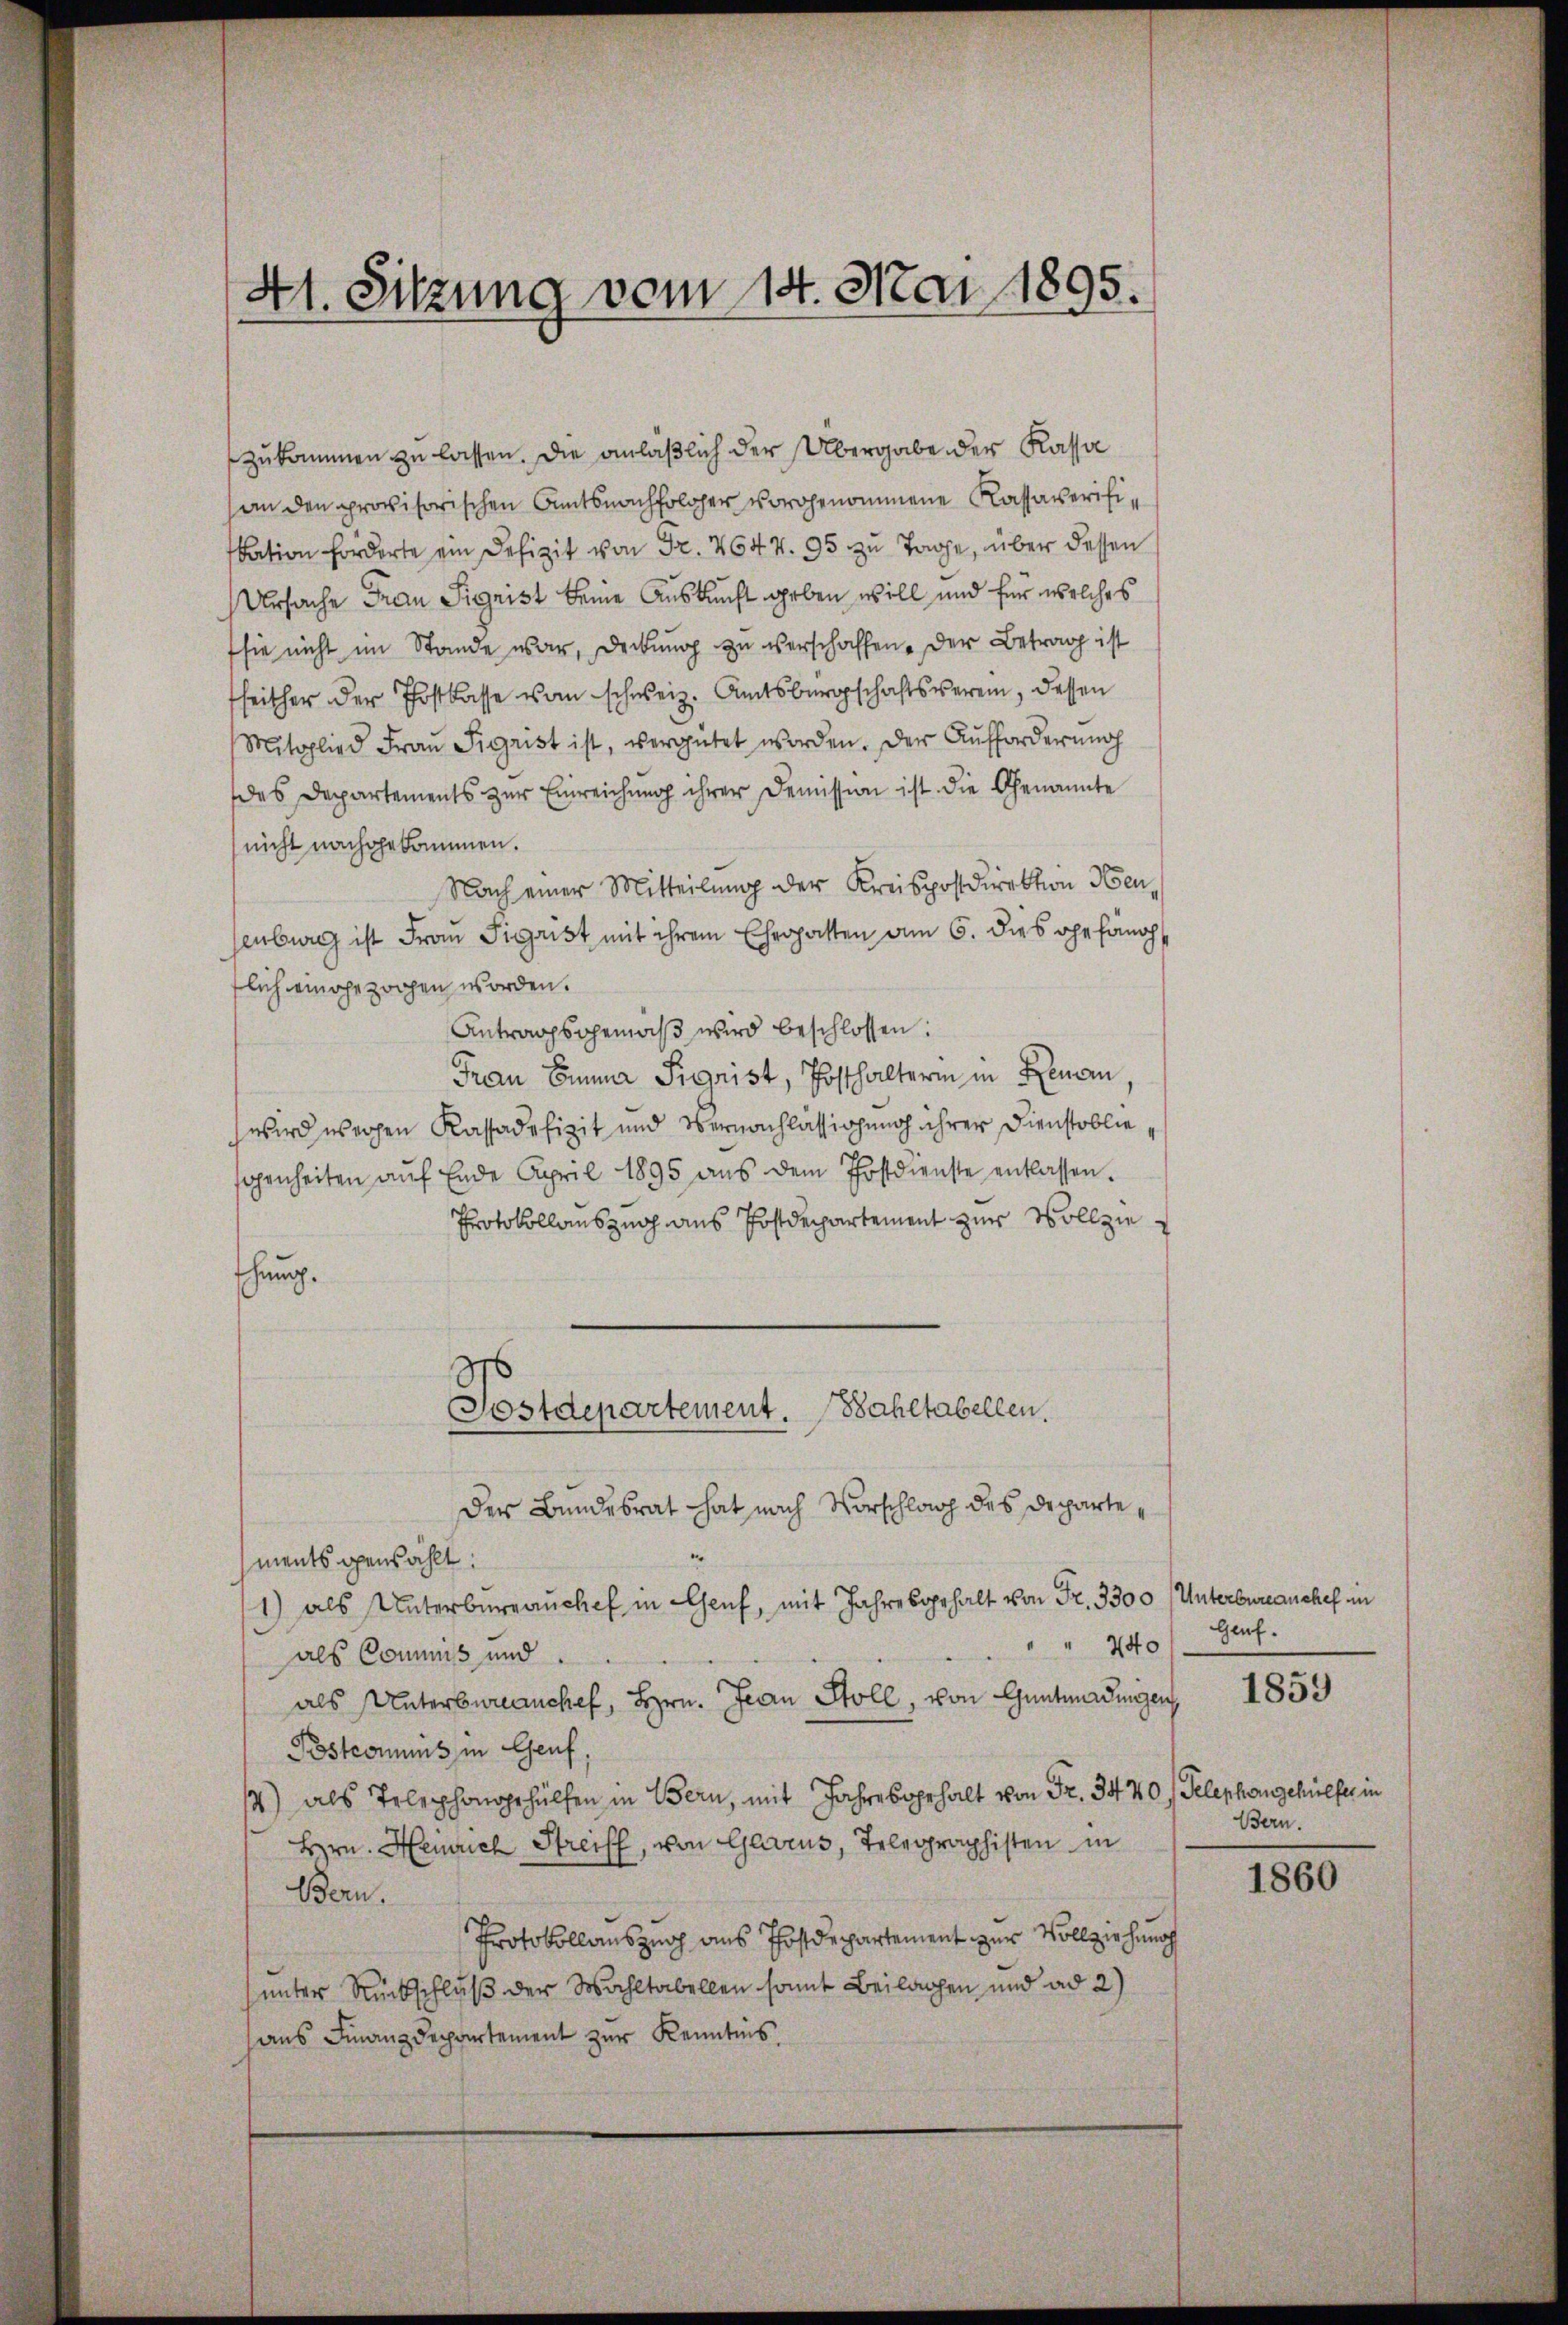
41. Sitzung vom 14. Mai 1895.

zukommen zu lassen. Die anläßlich der Übergabe der Kassa
an den provisorischen Amtsnachfolger vorgenommene Kassaverifikation forderte ein Defizit von Fr. 464 v. 95 zu Tage, über dessen
Ursache Frau Sigrist keine Auskunft geben will und für welches
sie nicht im Stande war, Deckung zu verschaffen. Der Betrag ist
fheither der Postkasse von schweiz. Amtsbürgschaftsverein, dessen
Mitglied Frau Sigrist ist, vergütet worden. Der Aufforderung
des Departements zur Einreichung ihrer Demission ist die Genannte
nicht nachgekommen.
Nach einer Mitteilung der Kreispostdirektion Heuenburg ist Frau Sigrist mit ihrem Ehegatten am 6. dies ehe fänd
flich eingezogen worden.
Antragsgemäβ wird beschlossen:
Frau Emma Sigrist, Posthalterin in Benen,
wird wegen Kassadefizit und Vernachlassionung ihrer Dienstoblie
genheiten aŭf Ende April 1895 aŭs dem Postdienste entlassen.
Protokollauszug aus Postdepartement zur Vollzie
Ehung.
Postdepartement. Wahltabellen.
Der Bundesrat hat nach Vorschlag des Departements gewählt:
1) als Unterbüreaŭchef in Genf, mit Jahresgehalt von Fr. 3300 Unterbureanchef in
" " 240
als Commis und
als Unterbureauchef, Hrn. Jean Stoll, von Gantmadungen,
Postcommis in Genf,
4) als Telephongehülfen in Bern, mit Jahre behalt von Fr. 3440, Telephangehülfer in
Hrn. Heinrich Streiff, von Glarus, Telegraphisten in
Bern.
Protokollauszug aus Thostdepartement zur Vollziehung
unter Rückschluß der Wahltabellen somit Beilagen und ad 2)
haus Finanzdepartement zur Kenntnis.

Genf.
Bern.

1859

1860